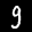
Label: 9